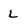
Character: L